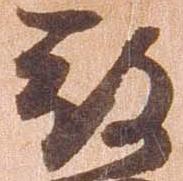
被